Civil Veterinary Department. Central Provinces & Berar 1932-41 - 1932-1941
Year: 1932
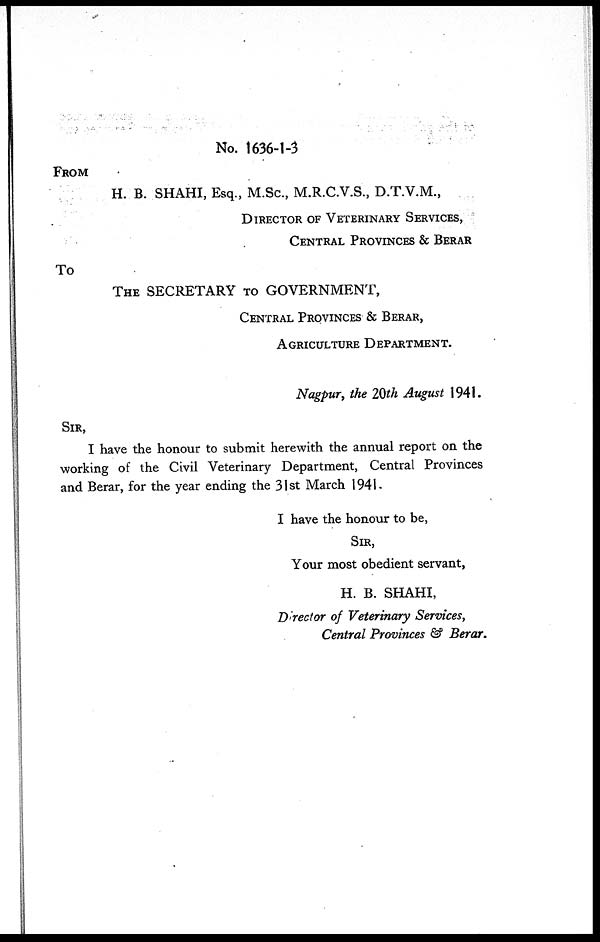
No. 1636-1-3
FROM
H. B. SHAHI, Esq., M.Sc, M.R.C.V.S., D.T.V.M.,
DIRECTOR OF VETERINARY SERVICES,
CENTRAL PROVINCES & BERAR
To
THE SECRETARY TO GOVERNMENT,
CENTRAL PROVINCES & BERAR,
AGRICULTURE DEPARTMENT.
Nagpur, the 20th August 1941.
SIR,
I have the honour to submit herewith the annual report on the
working of the Civil Veterinary Department, Central Provinces
and Berar, for the year ending the 31st March 1941.
I have the honour to be,
SIR,
Your most obedient servant,
H. B. SHAHI,
Director of Veterinary Services,
Central Provinces & Berar.